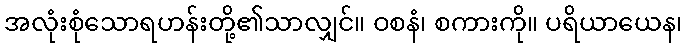
အလုံးစုံသောရဟန်းတို့၏သာလျှင်။ ဝစနံ၊ စကားကို။ ပရိယာယေန၊